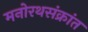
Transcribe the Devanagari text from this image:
मनोरथसंक्रांत